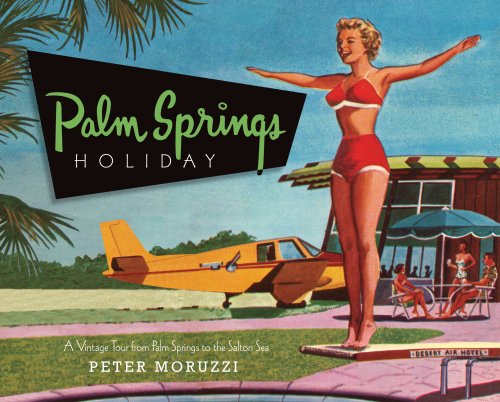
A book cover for Palm Springs Holiday: A Vintage Tour from Palm Springs to the Saltan Sea; Peter Moruzzi; Arts & Photography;